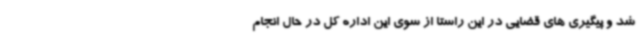
شد و پیگیری های قضایی در این راستا از سوی این اداره کل در حال انجام